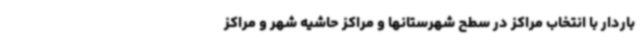
باردار با انتخاب مراکز در سطح شهرستانها و مراکز حاشیه شهر و مراکز